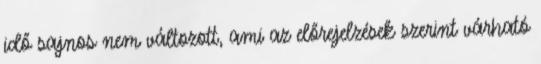
idő sajnos nem változott, ami az előrejelzések szerint várható